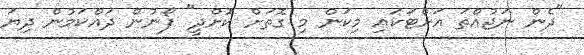
"ދެން ނަޖުއްތަ އަށްޓަކައި މިކަން މި ގޮތަށް ކޮށްދީ" ފޯނުން ދައްކަމުން ދިޔަ